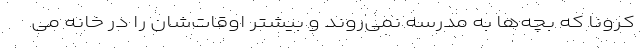
کرونا که بچه‌ها به مدرسه نمی‌روند و بیشتر اوقات‌شان را در خانه می